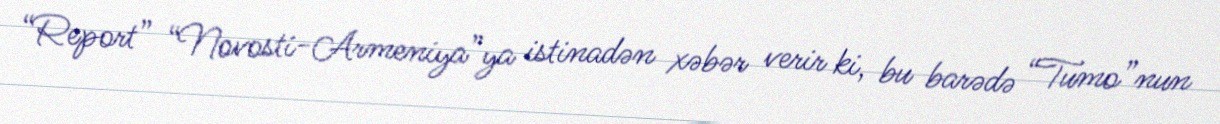
“Report” “Novosti-Armeniya”ya istinadən xəbər verir ki, bu barədə “Tumo”nun